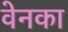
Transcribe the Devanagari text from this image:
वेनका